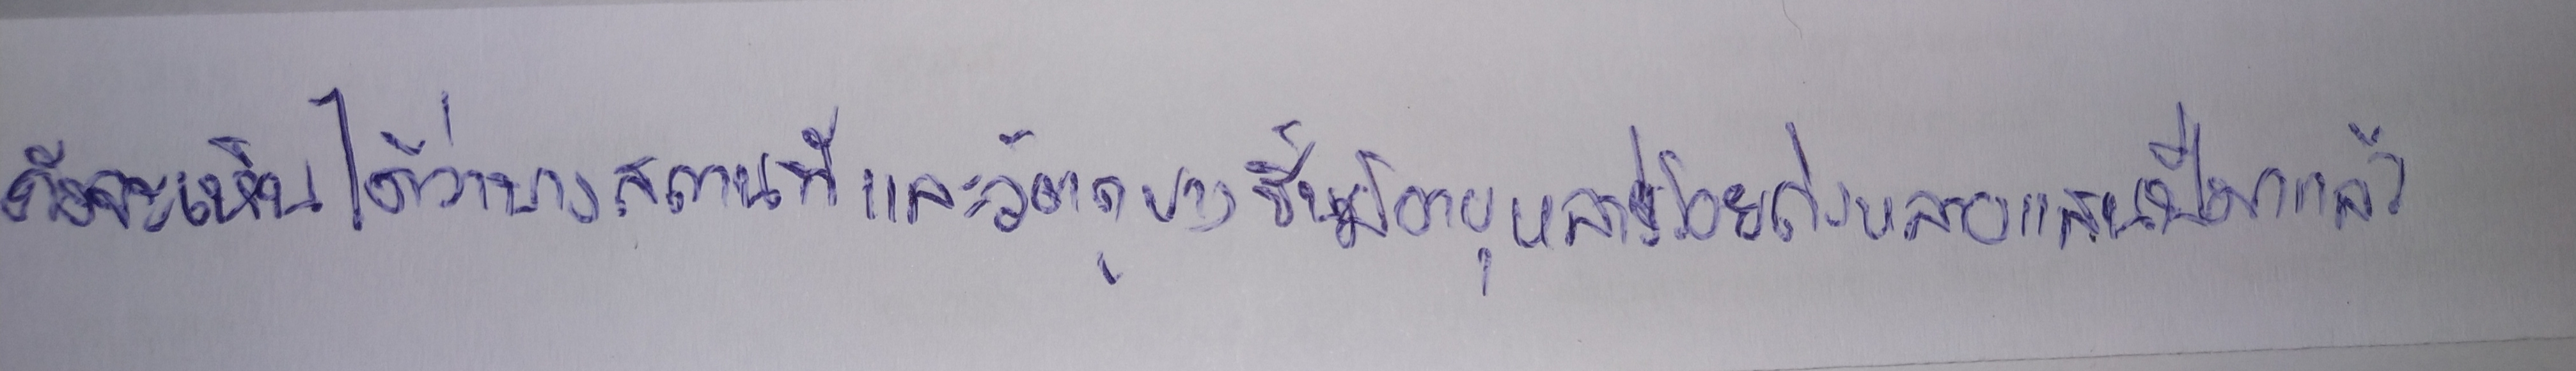
ดังจะเห็นได้ว่าบางสถานที่และวัตถุบางชิ้นมีอายุหลายร้อยถึงหลายแสนปีมาแล้ว